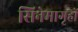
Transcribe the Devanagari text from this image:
सिनेमागृहों